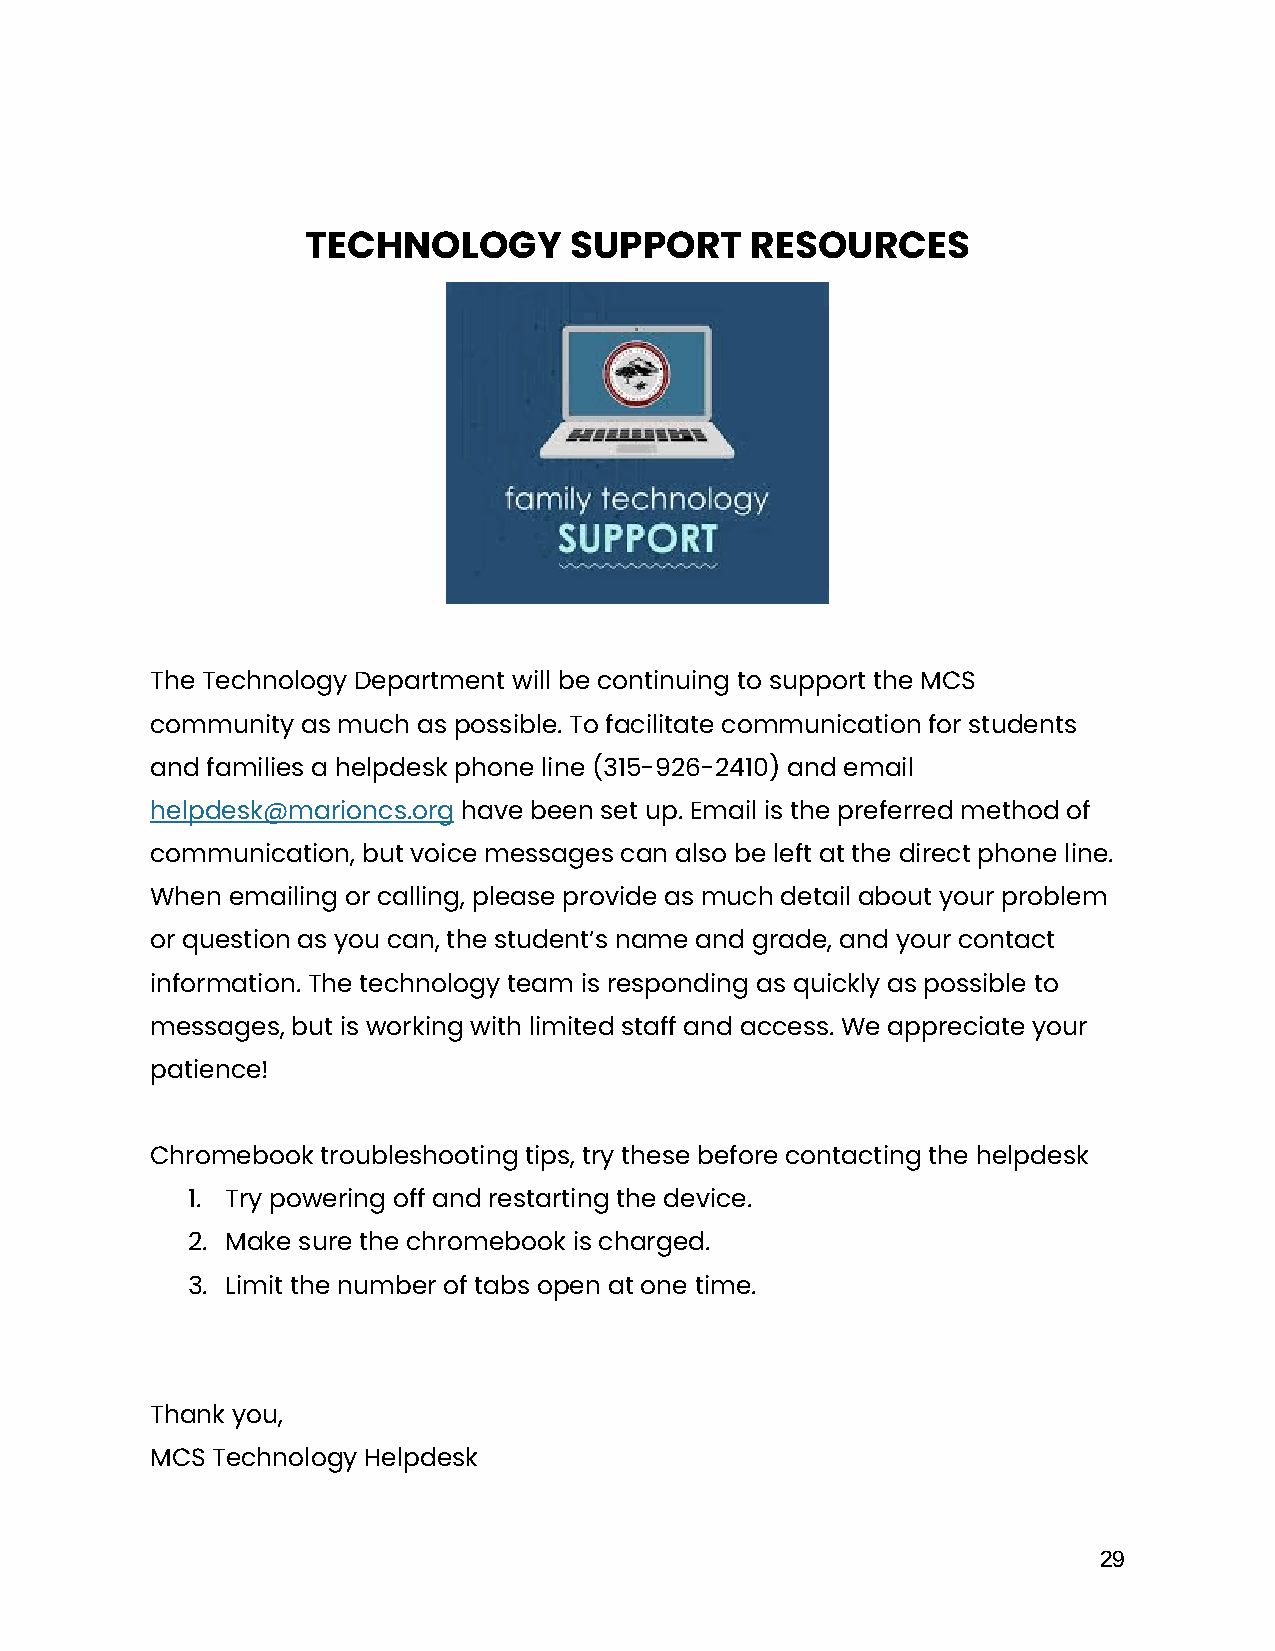
TECHNOLOGY        SUPPORT     RESOURCES
 The Technology Department will be continuing to support the MCS
 community as much as possible. To facilitate communication for students
 and families a helpdesk phone line (315-926-2410) and email
 helpdesk@marioncs.org have been set up. Email is the preferred method of
 communication, but voice messages can also be left at the direct phone line.
 When emailing or calling, please provide as much detail about your problem
 or question as you can, the student’s name and grade, and your contact
 information. The technology team is responding as quickly as possible to
 messages, but is working with limited staff and access. We appreciate your
 patience!
 Chromebook troubleshooting tips, try these before contacting the helpdesk
 1. Try powering off and restarting the device.
 2. Make sure the chromebook is charged.
 3. Limit the number of tabs open at one time.
 Thank you,
 MCS Technology Helpdesk
 29